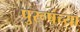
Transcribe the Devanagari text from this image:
पुरूषंच्या